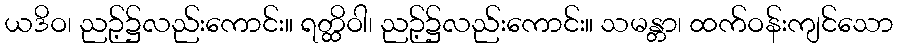
ယဒိဝ၊ ညဉ့်၌လည်းကောင်း။ ရတ္ထိဝါ၊ ညဉ့်၌လည်းကောင်း။ သမန္တာ၊ ထက်ဝန်းကျင်သော